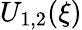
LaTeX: U_{1,2}(\xi)